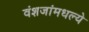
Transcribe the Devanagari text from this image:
वंशजांमधल्ये